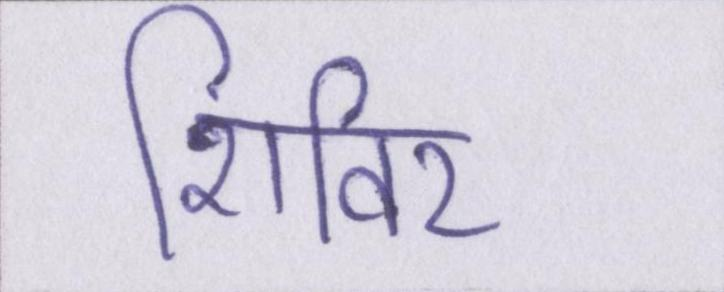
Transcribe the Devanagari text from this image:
शिविर